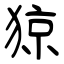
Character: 猄